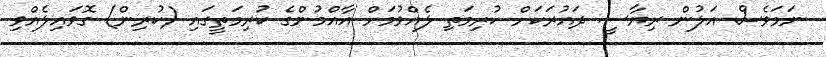
ނަމަވެސް އަލުން ރިޔާސީ ދައުރަކަށް ކުރިމަތި ލެއްވުމަށް އާއްމުންގެ ކުރިމަތީގައި (ކުރިން) ގޮވައިލެއްވި